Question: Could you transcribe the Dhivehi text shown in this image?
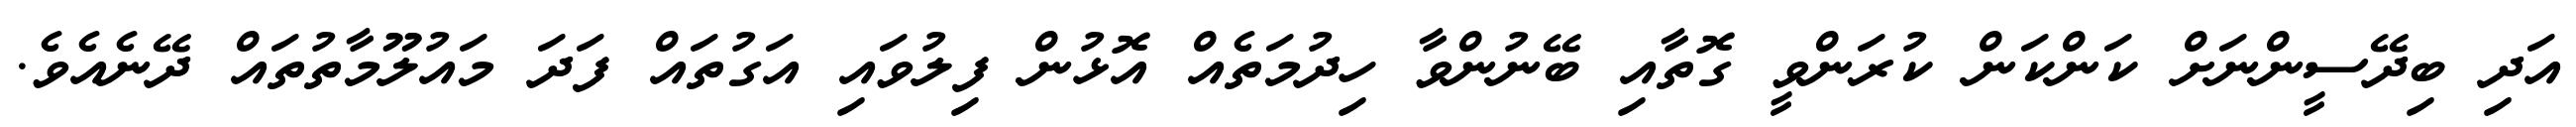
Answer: އަދި ބިދޭސީންނަށް ކަންކަން ކުރަންވީ ގޮތާއި ބޭނުންވާ ހިދުމަތެއް އޮޅުން ފިލުވައި އަގުތައް ފަދަ މައުލޫމާތުތައް ދޭނެއެވެ.